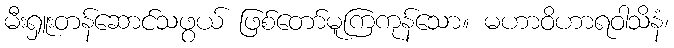
မီးရှူးတန်ဆောင်သဖွယ် ဖြစ်တော်မူကြကုန်သော။ မဟာဝိဟာရဝါသိနံ၊